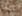
ربما